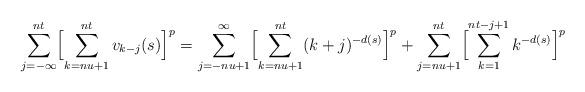
LaTeX: \begin{align*}\sum_{j=-\infty}^{nt}\Bigl[\sum_{k=nu+1}^{nt}v_{k-j}(s)\Bigr]^p=\sum_{j=-nu+1}^\infty\Bigl[\sum_{k=nu+1}^{nt}(k+j)^{-d(s)}\Bigr]^p+\sum_{j=nu+1}^{nt}\Bigl[\sum_{k=1}^{nt-j+1}k^{-d(s)}\Bigr]^p\end{align*}